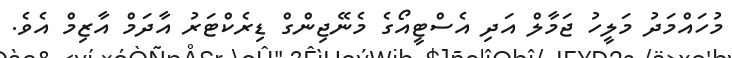
މުހައްމަދު މަލީހު ޖަމާލް އަދި އެސްޓީއޯގެ މެނޭޖިންގް ޑިރެކްޓަރު އާދަމް އާޒިމް އެވެ.